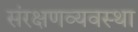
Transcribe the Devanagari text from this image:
संरक्षणव्यवस्था